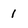
Character: 1